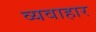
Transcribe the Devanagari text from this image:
व्यवाहार